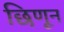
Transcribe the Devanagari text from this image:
छिणून